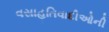
વસાહતિવાદીઓની